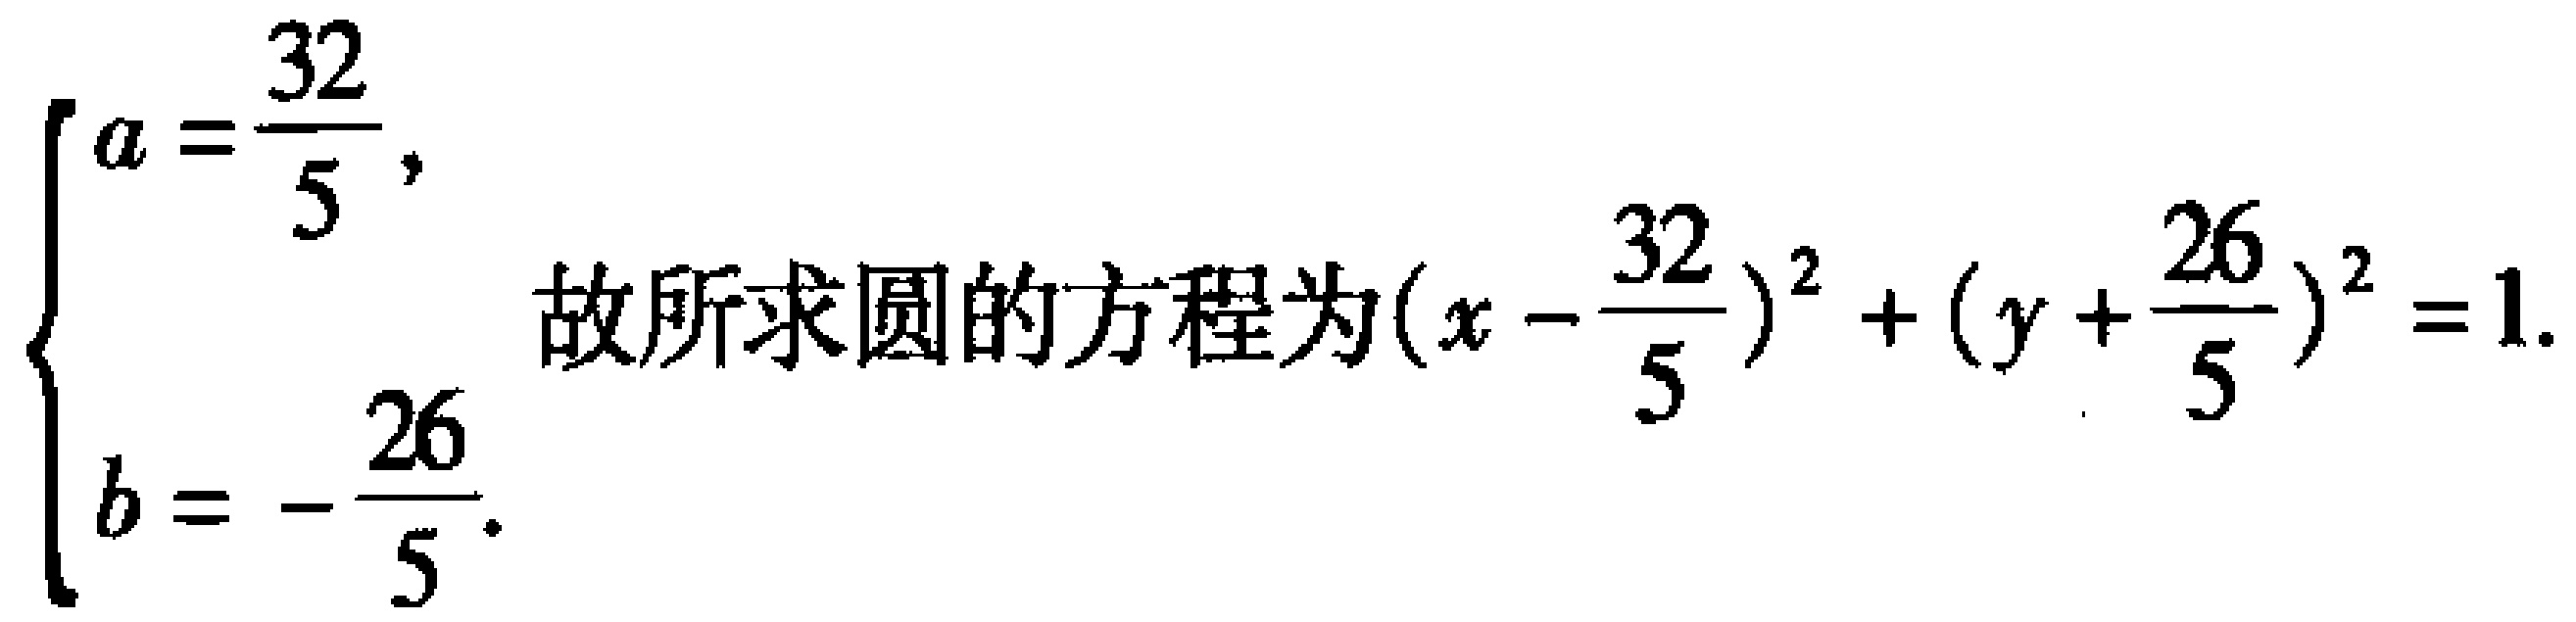
\[
\begin{cases}
a = \dfrac{32}{5}, \\
b = -\dfrac{26}{5}.
\end{cases}
\]
故所求圆的方程为\((x - \dfrac{32}{5})^2 + (y + \dfrac{26}{5})^2 = 1\).